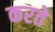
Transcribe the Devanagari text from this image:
करते